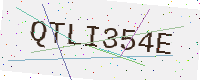
Text: QTLI354E